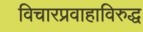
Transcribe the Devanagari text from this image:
विचारप्रवाहाविरुद्ध